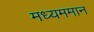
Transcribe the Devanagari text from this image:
मध्यममान